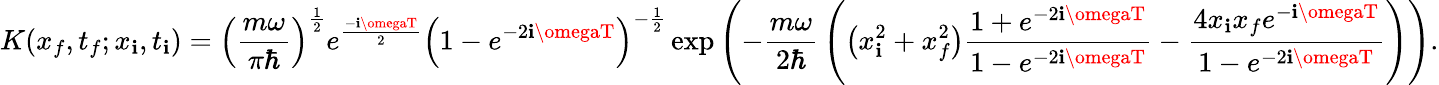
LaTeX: K(x_{f},t_{f};x_{\mathbf{i}},t_{\mathbf{i}})=\left({\frac{{m\omega}}{{\pi\hbar}}}\right)^{\frac{{1}}{{2}}}e^{\frac{{-\mathbf{i}\omegaT}}{{2}}}\left(1-e^{-2\mathbf{i}\omegaT}\right)^{-{\frac{{1}}{{2}}}}\exp{\left(-{\frac{{m\omega}}{{2\hbar}}}\left(\left(x_{\mathbf{i}}^{2}+x_{f}^{2}\right){\frac{{1+e^{-2\mathbf{i}\omegaT}}}{{1-e^{-2\mathbf{i}\omegaT}}}}-{\frac{{4x_{\mathbf{i}}x_{f}e^{-\mathbf{i}\omegaT}}}{{1-e^{-2\mathbf{i}\omegaT}}}}\right)\right)}.